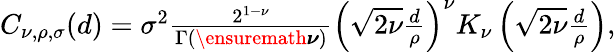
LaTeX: \begin{array}{r}{C_{\nu,\rho,\sigma}(d)=\sigma^{2}{\frac{2^{1-\nu}}{\Gamma(\ensuremath{\boldsymbol\nu})}}\left(\sqrt{2\nu}{\frac{d}{\rho}}\right)^{\nu}K_{\nu}\left(\sqrt{2\nu}{\frac{d}{\rho}}\right),}\end{array}